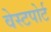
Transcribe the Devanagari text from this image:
वेस्‍टपोर्ट